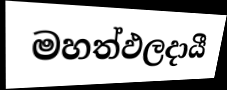
මහත්ඵලදායී